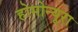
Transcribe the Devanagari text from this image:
होमोन्यूरा